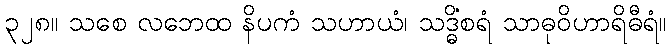
၃၂၈။ သစေ လဘေထ နိပကံ သဟာယံ၊ သဒ္ဓိံစရံ သာဓုဝိဟာရိဓီရံ။